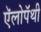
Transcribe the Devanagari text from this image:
ऍलोपॅथी